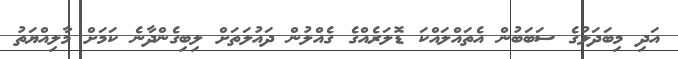
އަދި މިބަދަލުގެ ސަބަބުން އެތައްލައްކަ ޑޮލަރެއްގެ ގެއްލުން ދައުލަތަށް ލިބިގެންދާނެ ކަމަށް މާލިއްޔަތު